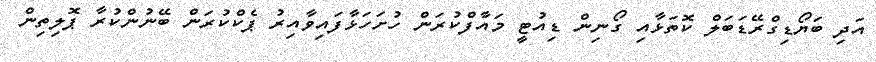
އަދި ބަޔޯޑިގްރޭޑަބަލް ކޮތަޅާއި ގޯނިން ޑިއުޓީ މައާފްކުރަން ހުށަހަޅާފައިވާއިރު ޕެކްކުރަން ބޭނުންކުރާ ޕޮލިތިން